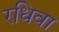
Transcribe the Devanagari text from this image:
रधिवा